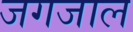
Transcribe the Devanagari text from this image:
जगजाल